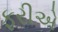
ફરીએ